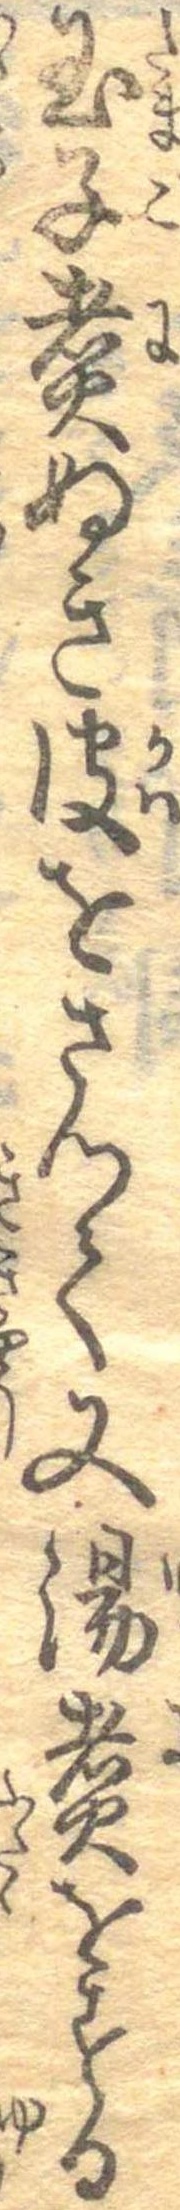
玉子煮ぬき皮をさつて又湯煮をする